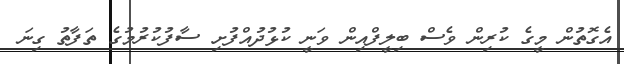
އެގޮތުން މީގެ ކުރިން ވެސް ބިލީފްއިން ވަނީ ކުޅުދުއްފުށި ސާފުކުރުމުގެ ތަފާތު ގިނަ